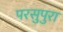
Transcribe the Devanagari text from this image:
परसुपुरा